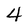
Character: 4